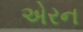
એરન